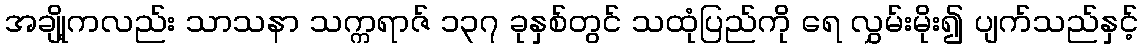
အချို့ကလည်း သာသနာ သက္ကရာဇ် ၁၃၇ ခုနှစ်တွင် သထုံပြည်ကို ရေ လွှမ်းမိုး၍ ပျက်သည်နှင့်